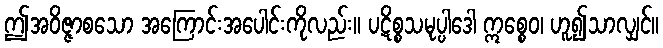
ဤအဝိဇ္ဇာစသော အကြောင်းအပေါင်းကိုလည်း။ ပဋိစ္စသမုပ္ပါဒေါ ဣစ္စေဝ၊ ဟူ၍သာလျှင်။